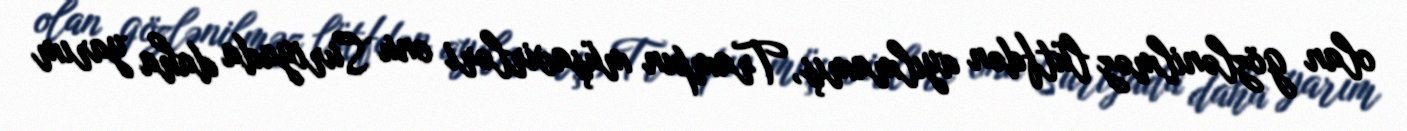
olan gözlənilməz lütfdən ayılmamış, Trampın müşavirləri onu Suriyada daha yarım